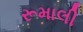
રૂમાલી